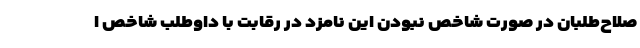
صلاح‌طلبان در صورت شاخص نبودن این نامزد در رقابت با داوطلب شاخص ا